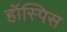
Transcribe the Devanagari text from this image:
हॉस्पिस